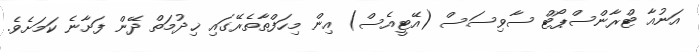
އަނުއާ ޓްރާންސްޕޯޓް ސާވިސަސް (އޭޓީއެސް) އިން މިހަފްތާތެރޭގައި ޚިދުމަތް ދޭން ފަށާނެ ކަމަށެވެ.